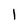
Character: 1